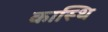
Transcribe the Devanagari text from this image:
कास्थि